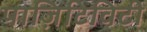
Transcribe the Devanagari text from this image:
पाज़िटिविटी